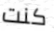
كنت